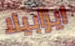
ايزابيلا